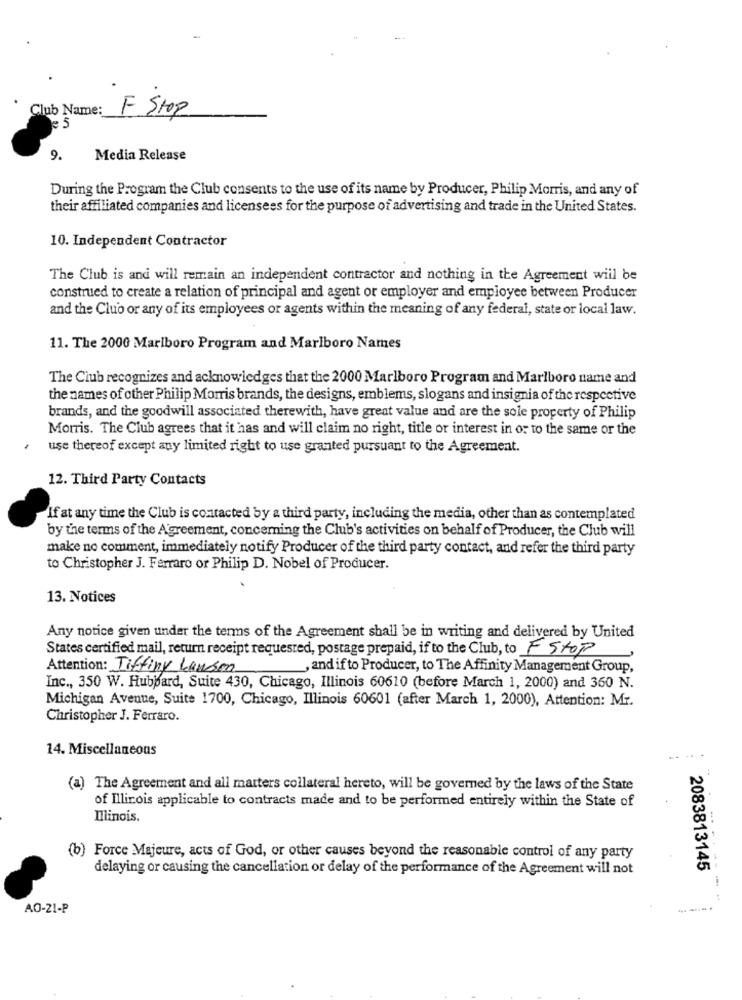
Club Name:
F Stop
e 5
9.
Media Release
During the Program the Club consents to the use of its name by Producer, Philip Morris, and any of
their affiliated companies and licensees for the purpose of advertising and trade in the United States.
10. Independent Contractor
The Club is and will remain an independent contractor and nothing in the Agreement will be
construed to create a relation of principal and agent or employer and employee between Producer
and the Club or any of its employees or agents within the meaning of any federal, state or local law.
11. The 2000 Marlboro Program and Marlboro Names
The Club recognizes and acknowledges that the 2000 Marlboro Program and Marlboro name and
the names of other Philip Morris brands, the designs, emblems, slogans and insignia of the respective
brands, and the goodwill associated therewith, have great value and are the sole property of Philip
Morris. The Club agrees that it has and will claim no right, title or interest in or to the same or the
use thereof except any limited right to use granted pursuant to the Agreement.
12. Third Party Contacts
If at any time the Club is contacted by a third party, including the media, other than as contemplated
by the terms of the Agreement, concerning the Club's activities on behalf of Producer, the Club will
make no comment, immediately notify Producer of the third party contact, and refer the third party
to Christopher J. Ferraro or Philip D. Nobel of Producer.
13. Notices
Any notice given under the terms of the Agreement shall be in writing and delivered by United
States certified mail, return receipt requested, postage prepaid, if to the Club, to F Stop
Attention: Tiffiny Lawson
, and if to Producer, to The Affinity Management Group,
Inc ., 350 W. Hubbard, Suite 430, Chicago, Illinois 60610 (before March 1, 2000) and 360 N.
Michigan Avenue, Suite 1700, Chicago, Illinois 60601 (after March 1, 2000), Attention: Mr.
Christopher J. Ferraro.
14. Miscellaneous
(a) The Agreement and all matters collateral hereto, will be governed by the laws of the State
of Illinois applicable to contracts made and to be performed entirely within the State of
Illinois.
(b) Force Majeure, acts of God, or other causes beyond the reasonable control of any party
delaying or causing the cancellation or delay of the performance of the Agreement will not
2083813145
--
AO-21-P